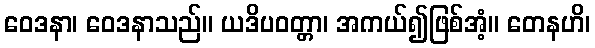
ဝေဒနာ၊ ဝေဒနာသည်။ ယဒိပဝတ္တာ၊ အကယ်၍ဖြစ်အံ့။ တေနဟိ၊